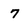
Character: 7